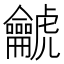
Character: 𪛌